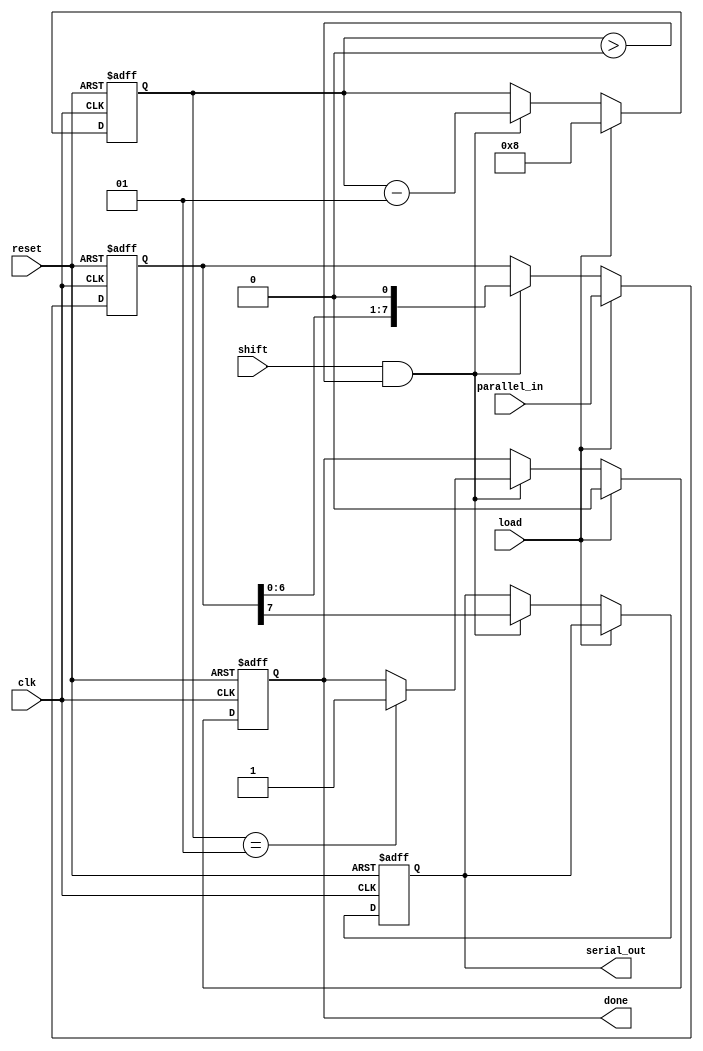
module PISO_Register #(
    parameter WIDTH = 8  // Configurable width of the parallel input
)(
    input wire clk,           // Clock signal
    input wire load,          // Load control signal
    input wire shift,         // Shift control signal
    input wire reset,         // Asynchronous reset signal
    input wire [WIDTH-1:0] parallel_in,  // Parallel input data
    output reg serial_out,    // Serial output data
    output reg done           // Signal to indicate shifting is complete
);

    reg [WIDTH-1:0] shift_reg; // Shift register
    integer count;             // Counter for number of bits shifted out

    always @(posedge clk or posedge reset) begin
        if (reset) begin
            shift_reg <= 0;     // Clear the shift register on reset
            count <= 0;         // Reset the counter
            serial_out <= 0;    // Clear serial output
            done <= 0;          // Clear done signal
        end else begin
            if (load) begin
                shift_reg <= parallel_in; // Load data into shift register
                count <= WIDTH;            // Initialize count to width of data
                done <= 0;                 // Reset done signal
            end else if (shift && count > 0) begin
                serial_out <= shift_reg[WIDTH-1]; // Output the MSB
                shift_reg <= {shift_reg[WIDTH-2:0], 1'b0}; // Shift left
                count <= count - 1;          // Decrement the counter
                if (count == 1) begin
                    done <= 1; // Set done when all bits have been shifted
                end
            end
        end
    end
endmodule